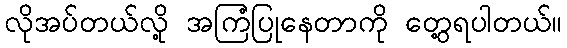
လိုအပ်တယ်လို့ အကြံပြုနေတာကို တွေ့ရပါတယ်။